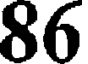
86